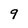
Character: 9